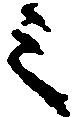
之